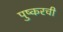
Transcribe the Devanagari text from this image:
पुष्करची